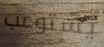
يستوعب